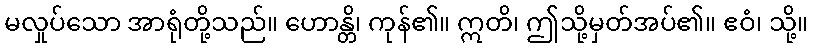
မလှုပ်သော အာရုံတို့သည်။ ဟောန္တိ၊ ကုန်၏။ ဣတိ၊ ဤသို့မှတ်အပ်၏။ ဧဝံ၊ သို့။